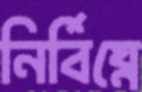
নির্বিঘ্নে